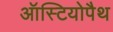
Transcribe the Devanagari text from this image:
ऑस्टियोपैथ